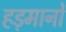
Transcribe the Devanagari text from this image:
हड़मानों